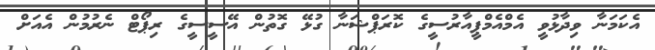
އެކަމަނާ ވިދާޅުވީ އެމްއެމްޕީއާރުސީގެ ކޮރަޕްޝަނާ ގުޅޭ ގޮތުން އޭސީސީގެ ރިޕޯޓް ނެރުމުން އެއަށް